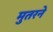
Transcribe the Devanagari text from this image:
मुतरने